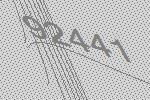
92441